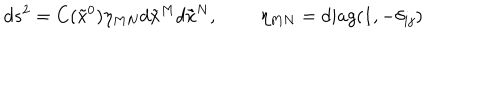
d s ^ { 2 } = C ( \tilde { x } ^ { 0 } ) \eta _ { M N } d \tilde { x } ^ { M } d \tilde { x } ^ { N } , \eta _ { M N } = d i a g ( 1 , - \delta _ { i j } )